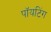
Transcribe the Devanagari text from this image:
पॉयटिंग